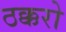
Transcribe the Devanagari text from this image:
ठक्करो